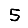
Digit: 5